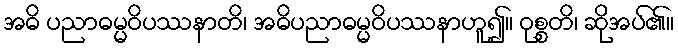
အဓိ ပညာဓမ္မဝိပဿနာတိ၊ အဓိပညာဓမ္မဝိပဿနာဟူ၍။ ဝုစ္စတိ၊ ဆိုအပ်၏။